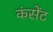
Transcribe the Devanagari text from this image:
कंसेंट